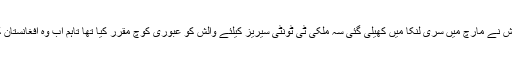
بنگلہ دیشی ٹیم گزشتہ برس اکتوبر سے ہیڈکوچ کے بغیر ہے، بنگلہ دیش نے مارچ میں سری لنکا میں کھیلی گئی سہ ملکی ٹی ٹونٹی سیریز کیلئے والش کو عبوری کوچ مقرر کیا تھا تاہم اب وہ افغانستان کے خلاف ٹی ٹونٹی سیریز میں بھی ٹیم کی کوچنگ جاری رکھیں گے۔